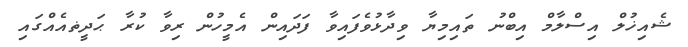
ޝެއިޚުލް އިސްލާމް އިބްނު ތައިމިޔާ ވިދާޅުވެފައިވާ ފަދައިން އެމީހުން ރިވާ ކުރާ ޙަދީޡއެއްގައި